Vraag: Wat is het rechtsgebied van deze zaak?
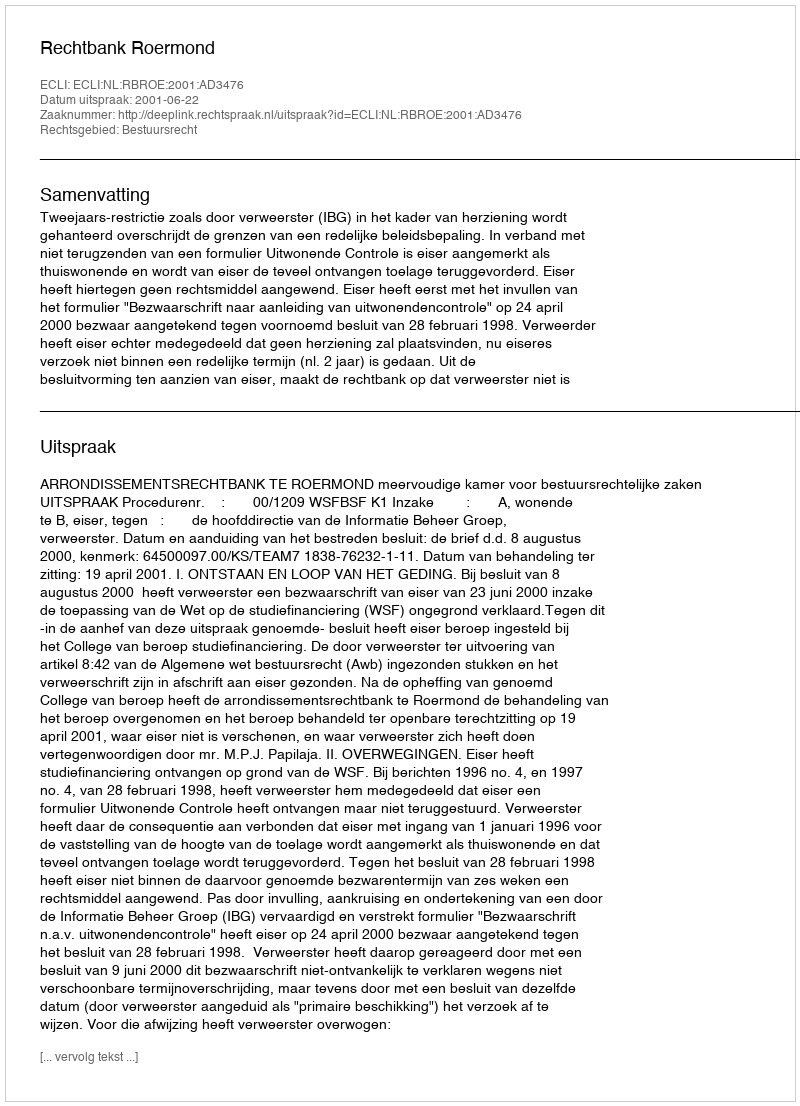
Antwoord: Bestuursrecht